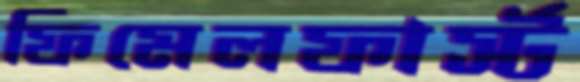
ফিমেলফার্স্ট